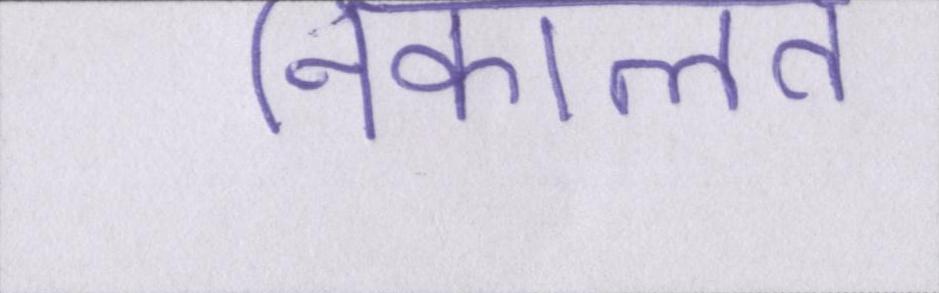
निकालते